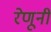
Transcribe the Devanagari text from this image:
रेणूनी